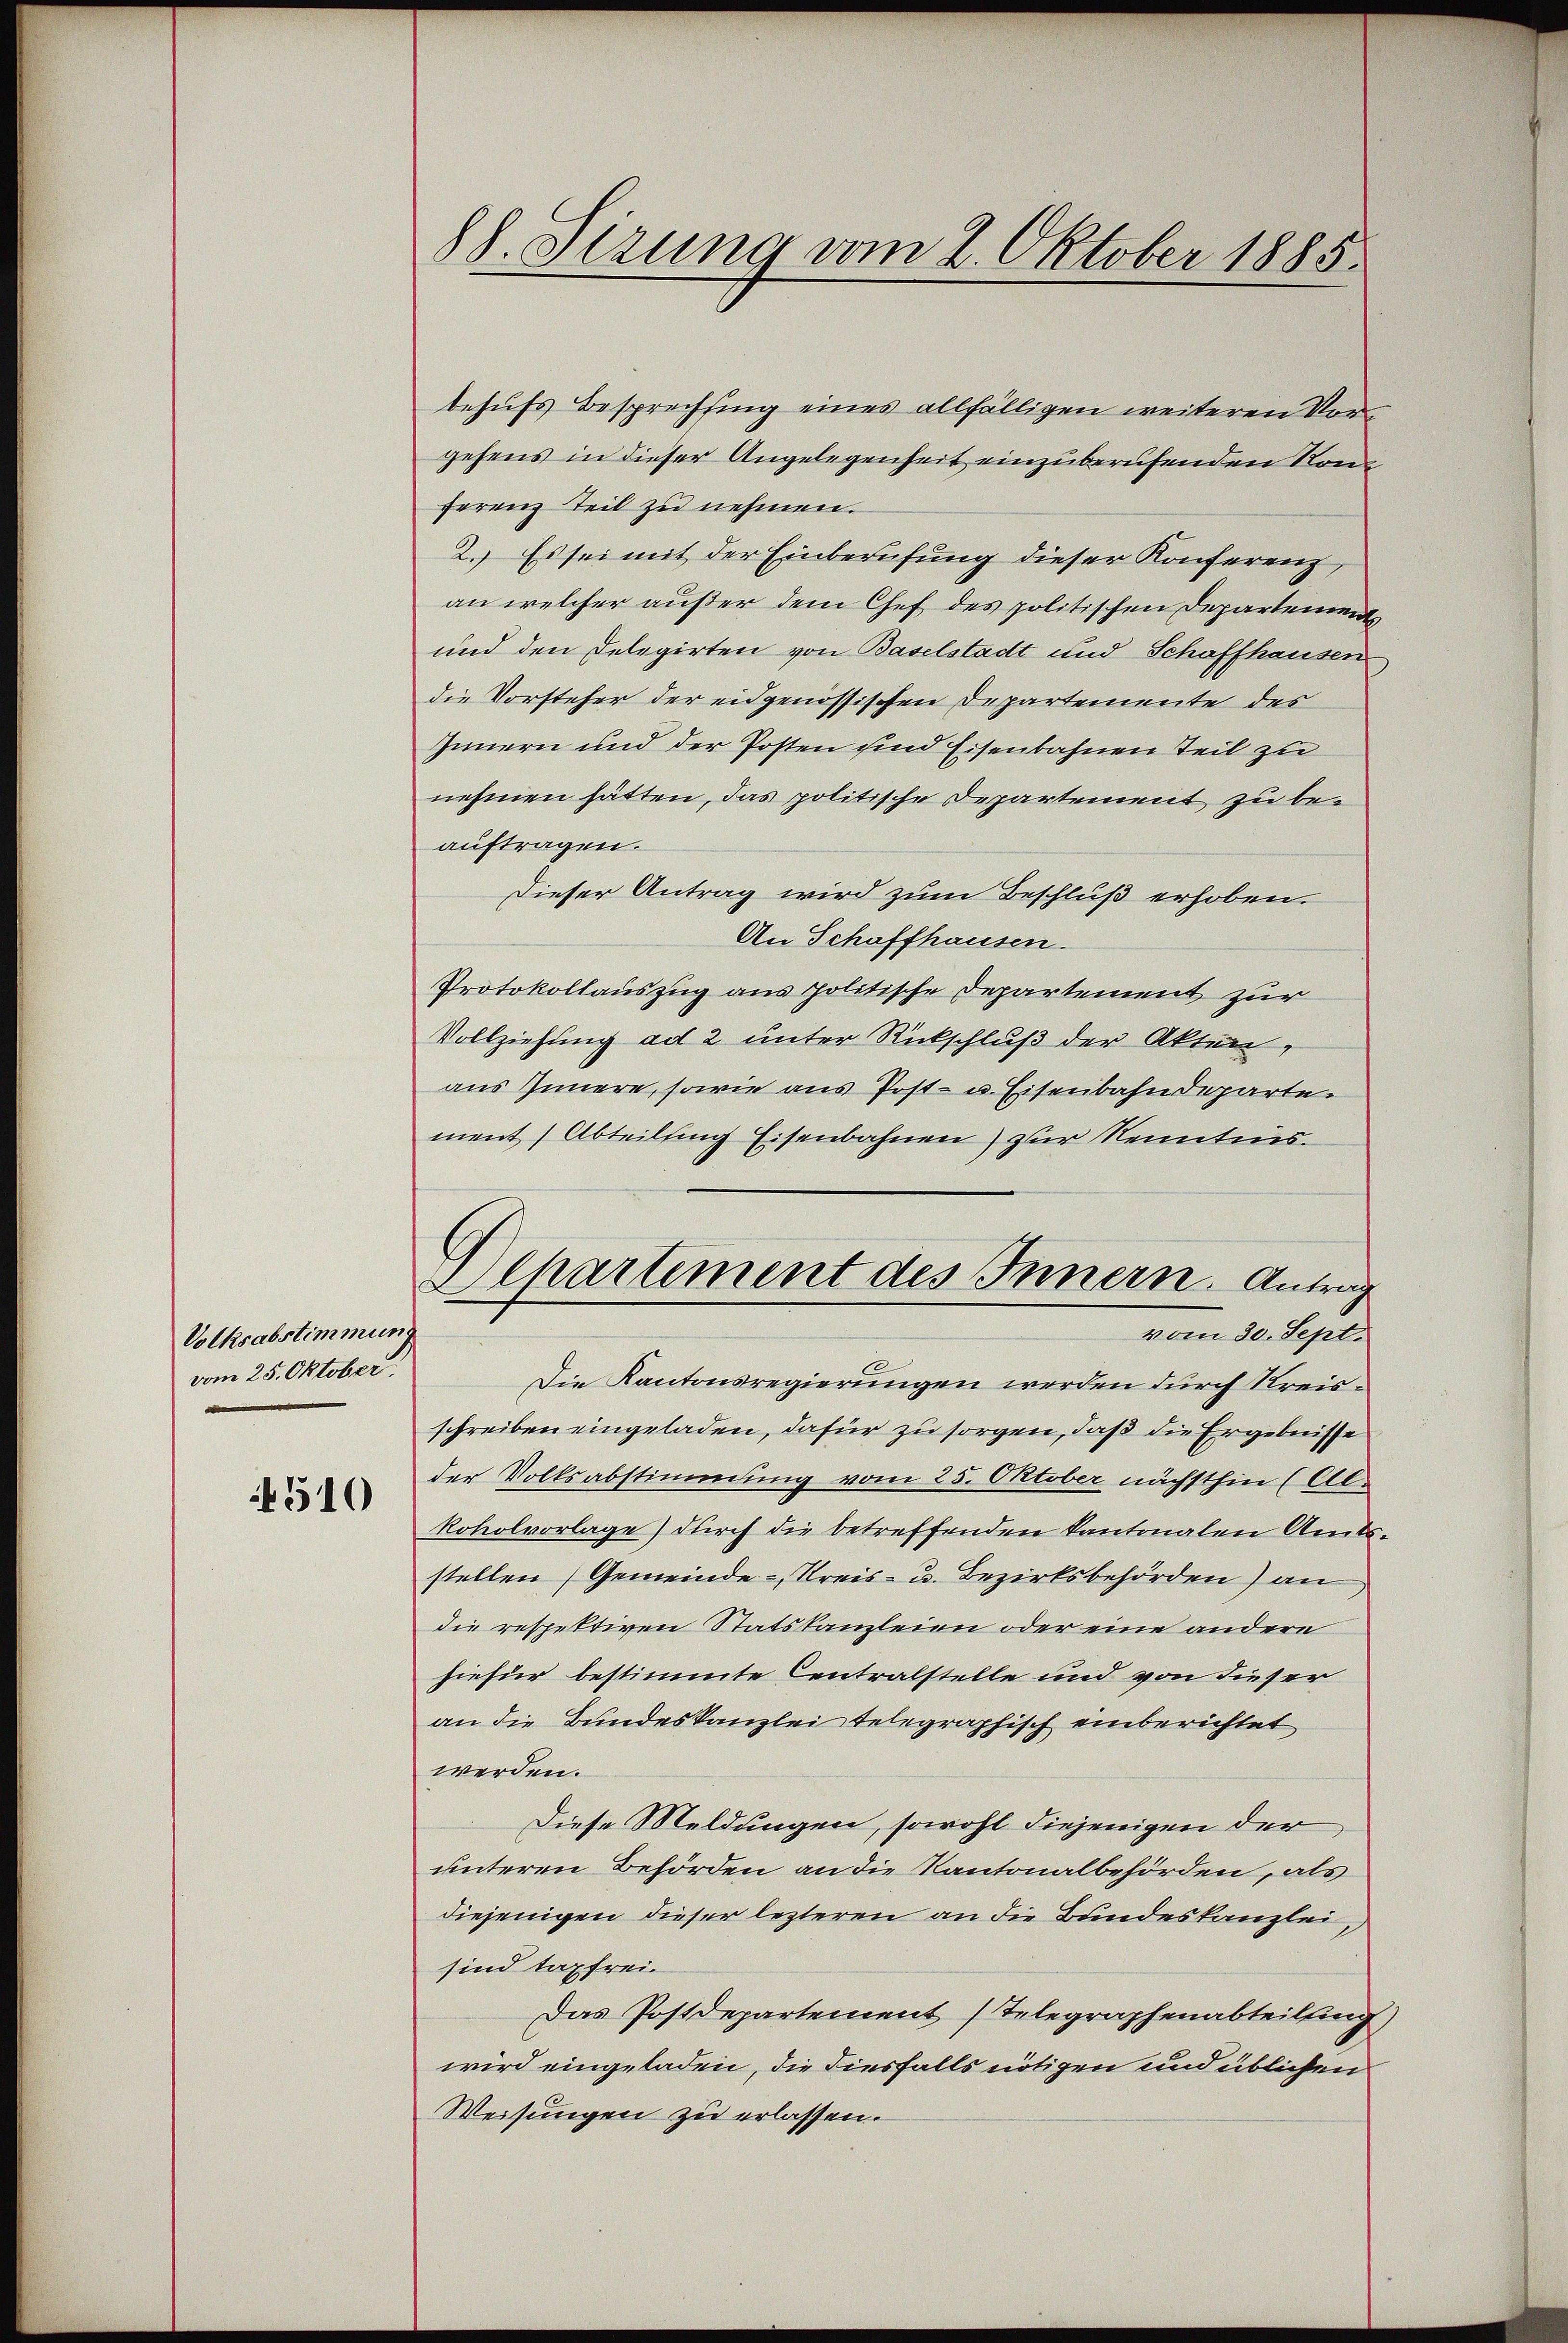
Volksabstimmung
vom 25. Oktober.

510

88. Stzung vom 2. Oktober 1885

behufs Besprechting eines allfälligen weiteren Vorgehens in dieser Angelegenheit einzuberufenden Nom
ferenz Teil zu nehmen.
2. Es sei mit der Einberufung dieser Konferenz,
an welcher außer dem Chef des politischen Departement
und den Delegirten von Baselstadt und Schaffhausen
die Vorsteher der eidgenössischen Departemente des
Innern und der Posten und Eisenbahnen Teil zu
nehmen hätten, das politische Departement, zu beauftragen.
Dieser Antrag wird zum Beschluß erhoben.
An Schaffhausen.
Protokollauszug aus politische Departement zur
Vollziehung ad 2 unter Rückschluß der Akten,
aus Innere, sowie aus Post- u. Eisenbahndeparte.
ment Abteilung Eisenbahnen) zur Kenntnis.
Die Kantonsregierungen werden durch Kreisschreiben eingeladen, dafür zu sorgen, daß die Ergebnisse
der Volksabstimmung vom 25. Oktober nächsthin (Al-
koholvorlage) durch die betreffenden Kantonalen Amts-
stellen Gemeinde-, Kreis- u. Bezirksbehörden) an
die respektiven Statskanzleien oder eine andere
hiefür bestimmte Centralstelle und von dieser
an die Bundeskanzlei telegraphisch einberichtet
werden.
Diese Meldungen, sowohl diejenigen der
unteren Behörden an die Kantonalbehörden, als
diejenigen dieser lezteren an die Bundeskanzlei,
sind taxfrei.
Das Postdepartement (Telegraphenabteilung,
wird eingeladen, die diesfalls nötigen und üblichen
Weisungen zu erlassen.

Dchartement des Innern. Antrag
vom 30. Sept.